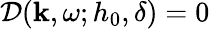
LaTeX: \mathcal{D}(\mathbf{k},\omega;h_{0},\delta)=0